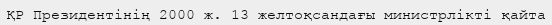
ҚР Президентінің 2000 ж. 13 желтоқсандағы министрлікті қайта